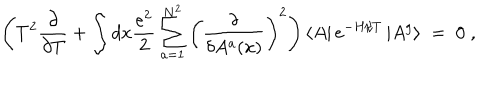
LaTeX: \left( T ^ { 2 } \frac { \partial } { \partial T } + \int d x \frac { e ^ { 2 } } { 2 } \sum _ { a = 1 } ^ { N ^ { 2 } } \left( \frac { \delta } { \delta A ^ { a } ( x ) } \right) ^ { 2 } \right) \left< A \right| e ^ { - H / T } \left| A ^ { g } \right> \; = \; 0 \; ,